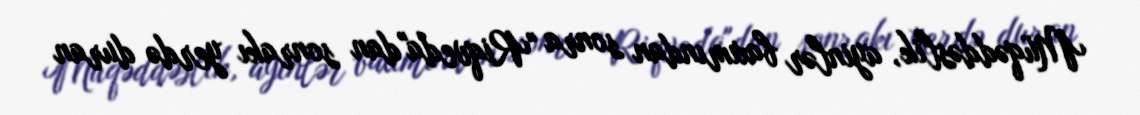
Müqəddəslik, ayinlər baxımından sonra "Riqveda"dan sonrakı yerdə duran